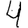
Digit: 4